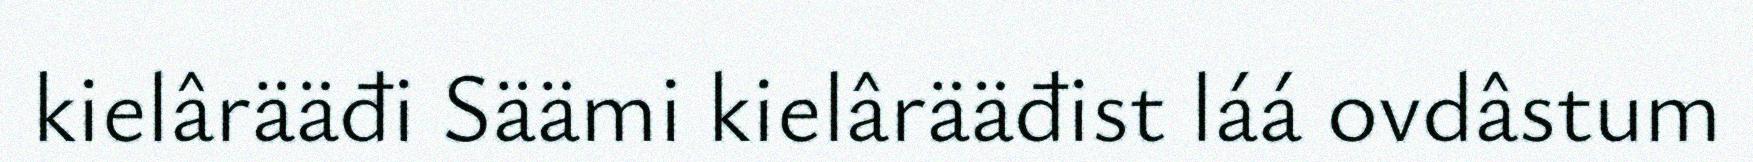
kielârääđi Säämi kielârääđist láá ovdâstum